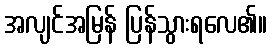
အလျင်အမြန် ပြန်သွားရလေ၏။